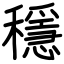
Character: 穩